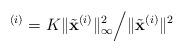
LaTeX: \begin{align*}^{(i)} = {{K\| {{{\tilde {\mathbf{x}}}^{(i)}}}\|_\infty ^2} \mathord{\left/ {\vphantom {{K\| {{{\tilde{\mathbf{ x}}}^{(i)}}} \|_\infty ^2} {{{\| {{{\tilde{\mathbf{ x}}}^{(i)}}}\|}^2}}}} \right. \kern-\nulldelimiterspace} {{{\| {{{\tilde{\mathbf{x}}}^{(i)}}} \|^2}}}} \end{align*}